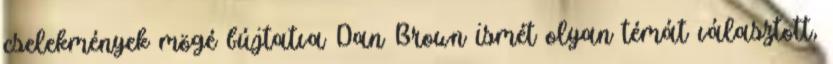
cselekmények mögé bújtatva Dan Brown ismét olyan témát választott,